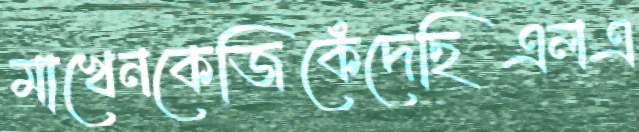
মাখেনকেজিকেঁদেছিএলএ